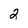
Character: 2